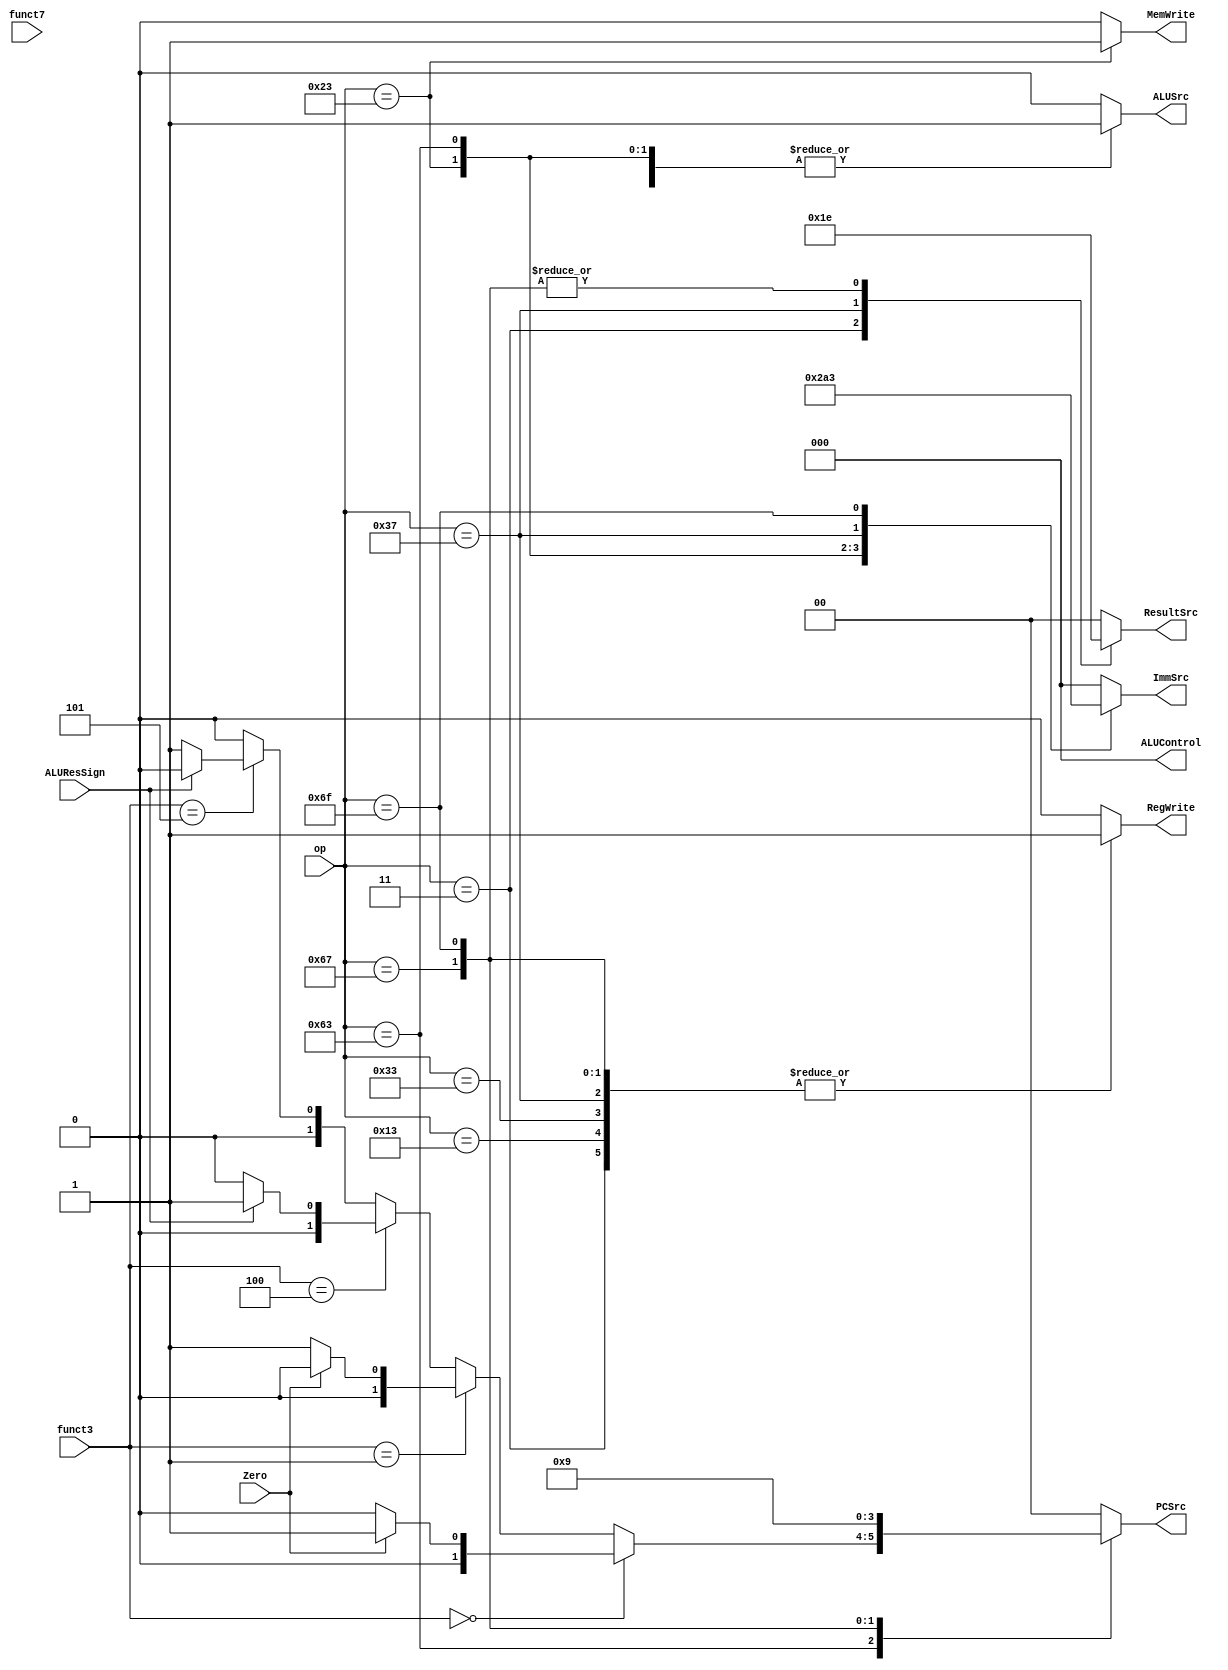
`define LW 7'b0000011
`define SW 7'b0100011
`define BRANCH 7'b1100011
`define LUI 7'b0110111
`define JALR 7'b1100111
`define JAL 7'b1101111
`define ADDI 7'b0010011
`define ADD 7'b0110011
`define BEQ 3'b000
`define BNE 3'b001
`define BLT 3'b100
`define BGE 3'b101
`define I_TYPE 3'b000
`define S_TYPE 3'b001
`define B_TYPE 3'b010
`define U_TYPE 3'b100
`define J_TYPE 3'b011
`define ADD_FUN3 3'b000
`define ADD_FUN7 7'b0000000
`define ADDI_FUN3 3'b000
`define SUB_FUN3 3'b000
`define SUB_FUN7 7'b0100000
`define XOR_FUN3 3'b100
`define AND_FUN3 3'b111
`define OR_FUN3 3'b110 // or ORI_FUN3
`define SLT_FUN3 3'b010 // or SLTI_FUN3
`define ALU_SUB 3'b001
`define ALU_ADD 3'b000
`define ALU_XOR 3'b100
`define ALU_AND 3'b010
`define ALU_OR 3'b011
`define ALU_SLT 3'b101
`define PC_PLUS_4 2'b00
`define PC_PLUS_IMM 2'b01
`define PC_PLUS_JADR 2'b10

module controller(Zero, ALUResSign, funct3, funct7, op,
                        MemWrite, ALUSrc, RegWrite, PCSrc, ResultSrc, ImmSrc, ALUControl);
        input Zero, ALUResSign;
        input [2:0] funct3;
        input [6:0] funct7, op;

        output reg MemWrite, ALUSrc, RegWrite;
        output reg [1:0] PCSrc, ResultSrc;
        output reg [2:0] ALUControl, ImmSrc;
        reg [1:0] ALUOp;

        always @(op, funct3, funct7) begin
                {PCSrc, ResultSrc, MemWrite, ALUControl, ALUSrc, ImmSrc, RegWrite, ALUOp} = 15'b0;
                case (op)
                        `LW: begin
                                ALUSrc = 1'b1;
                                ImmSrc = `I_TYPE;
                                ALUOp = 2'b00;
                                ResultSrc = 2'b01;
                                RegWrite = 1'b1;
                        end

                        `ADDI: begin
                                ALUSrc = 1'b1;
                                ImmSrc = `I_TYPE;
                                ALUOp = 2'b10;
                                ResultSrc = 2'b00;
                                RegWrite = 1'b1;
                        end

                        `SW: begin
                                ALUSrc = 1'b1;
                                ImmSrc = `S_TYPE;
                                ALUOp = 2'b00;
                                MemWrite = 1'b1;
                        end
                        
                        `BRANCH: begin
                                ALUSrc = 1'b1;
                                ImmSrc = `B_TYPE;
                                ALUOp = 2'b01;
                                if (funct3 == `BEQ)
                                        PCSrc = Zero ? `PC_PLUS_IMM : `PC_PLUS_4;
                                
                                else if (funct3 == `BNE)
                                        PCSrc = ~Zero ? `PC_PLUS_IMM : `PC_PLUS_4;

                                else if (funct3 == `BLT)
                                        PCSrc = ALUResSign ? `PC_PLUS_IMM : `PC_PLUS_4;

                                else if (funct3 == `BGE)
                                        PCSrc = ~ALUResSign ? `PC_PLUS_IMM : `PC_PLUS_4;
                        end

                        `ADD: begin
                                RegWrite = 1'b1;
                                ALUOp = 2'b10;
                        end

                        `LUI: begin
                                RegWrite = 1'b1;
                                ResultSrc = 2'b11;
                                ImmSrc = `U_TYPE;
                        end

                        `JALR: begin
                                ALUSrc = 1'b1;
                                RegWrite = 1'b1;
                                PCSrc = 2'b10;
                                ResultSrc = 2'b10;
                                ImmSrc = `I_TYPE;
                                ALUOp = 2'b00;
                        end

                        `JAL: begin
                                ALUSrc = 1'b1;
                                RegWrite = 1'b1;
                                PCSrc = 2'b01;
                                ResultSrc = 2'b10;
                                ImmSrc = `J_TYPE;
                                ALUOp = 2'b00;
                        end

                        default: begin
                                {PCSrc, ResultSrc, MemWrite, ALUControl, ALUSrc, ImmSrc, RegWrite, ALUOp} = 15'b0;
                        end
                endcase
        end

        always @(ALUOp) begin
                case (ALUOp) 
                        2'b00:
                                ALUControl = `ALU_ADD;
                        2'b01:
                                ALUControl = `ALU_SUB;
                        2'b10: begin
                                if (funct3 == `ADDI_FUN3 && op == `ADDI)
                                        ALUControl = `ALU_ADD;

                                if (funct3 == `ADD_FUN3 && funct7 == `ADD_FUN7)
                                        ALUControl = `ALU_ADD;
                                
                                if (funct3 == `SUB_FUN3 && funct7 == `SUB_FUN7)
                                        ALUControl = `ALU_SUB;
                                
                                if (funct3 == `XOR_FUN3)
                                        ALUControl = `ALU_XOR;
                                
                                if (funct3 == `AND_FUN3)
                                        ALUControl = `ALU_AND;
                                
                                if (funct3 == `OR_FUN3)
                                        ALUControl = `ALU_OR;
                                
                                if (funct3 == `SLT_FUN3)
                                        ALUControl = `ALU_SLT;
                        end
                endcase
        end 
endmodule